Vabadussoja_Ajaloo_Komitee, lk 47
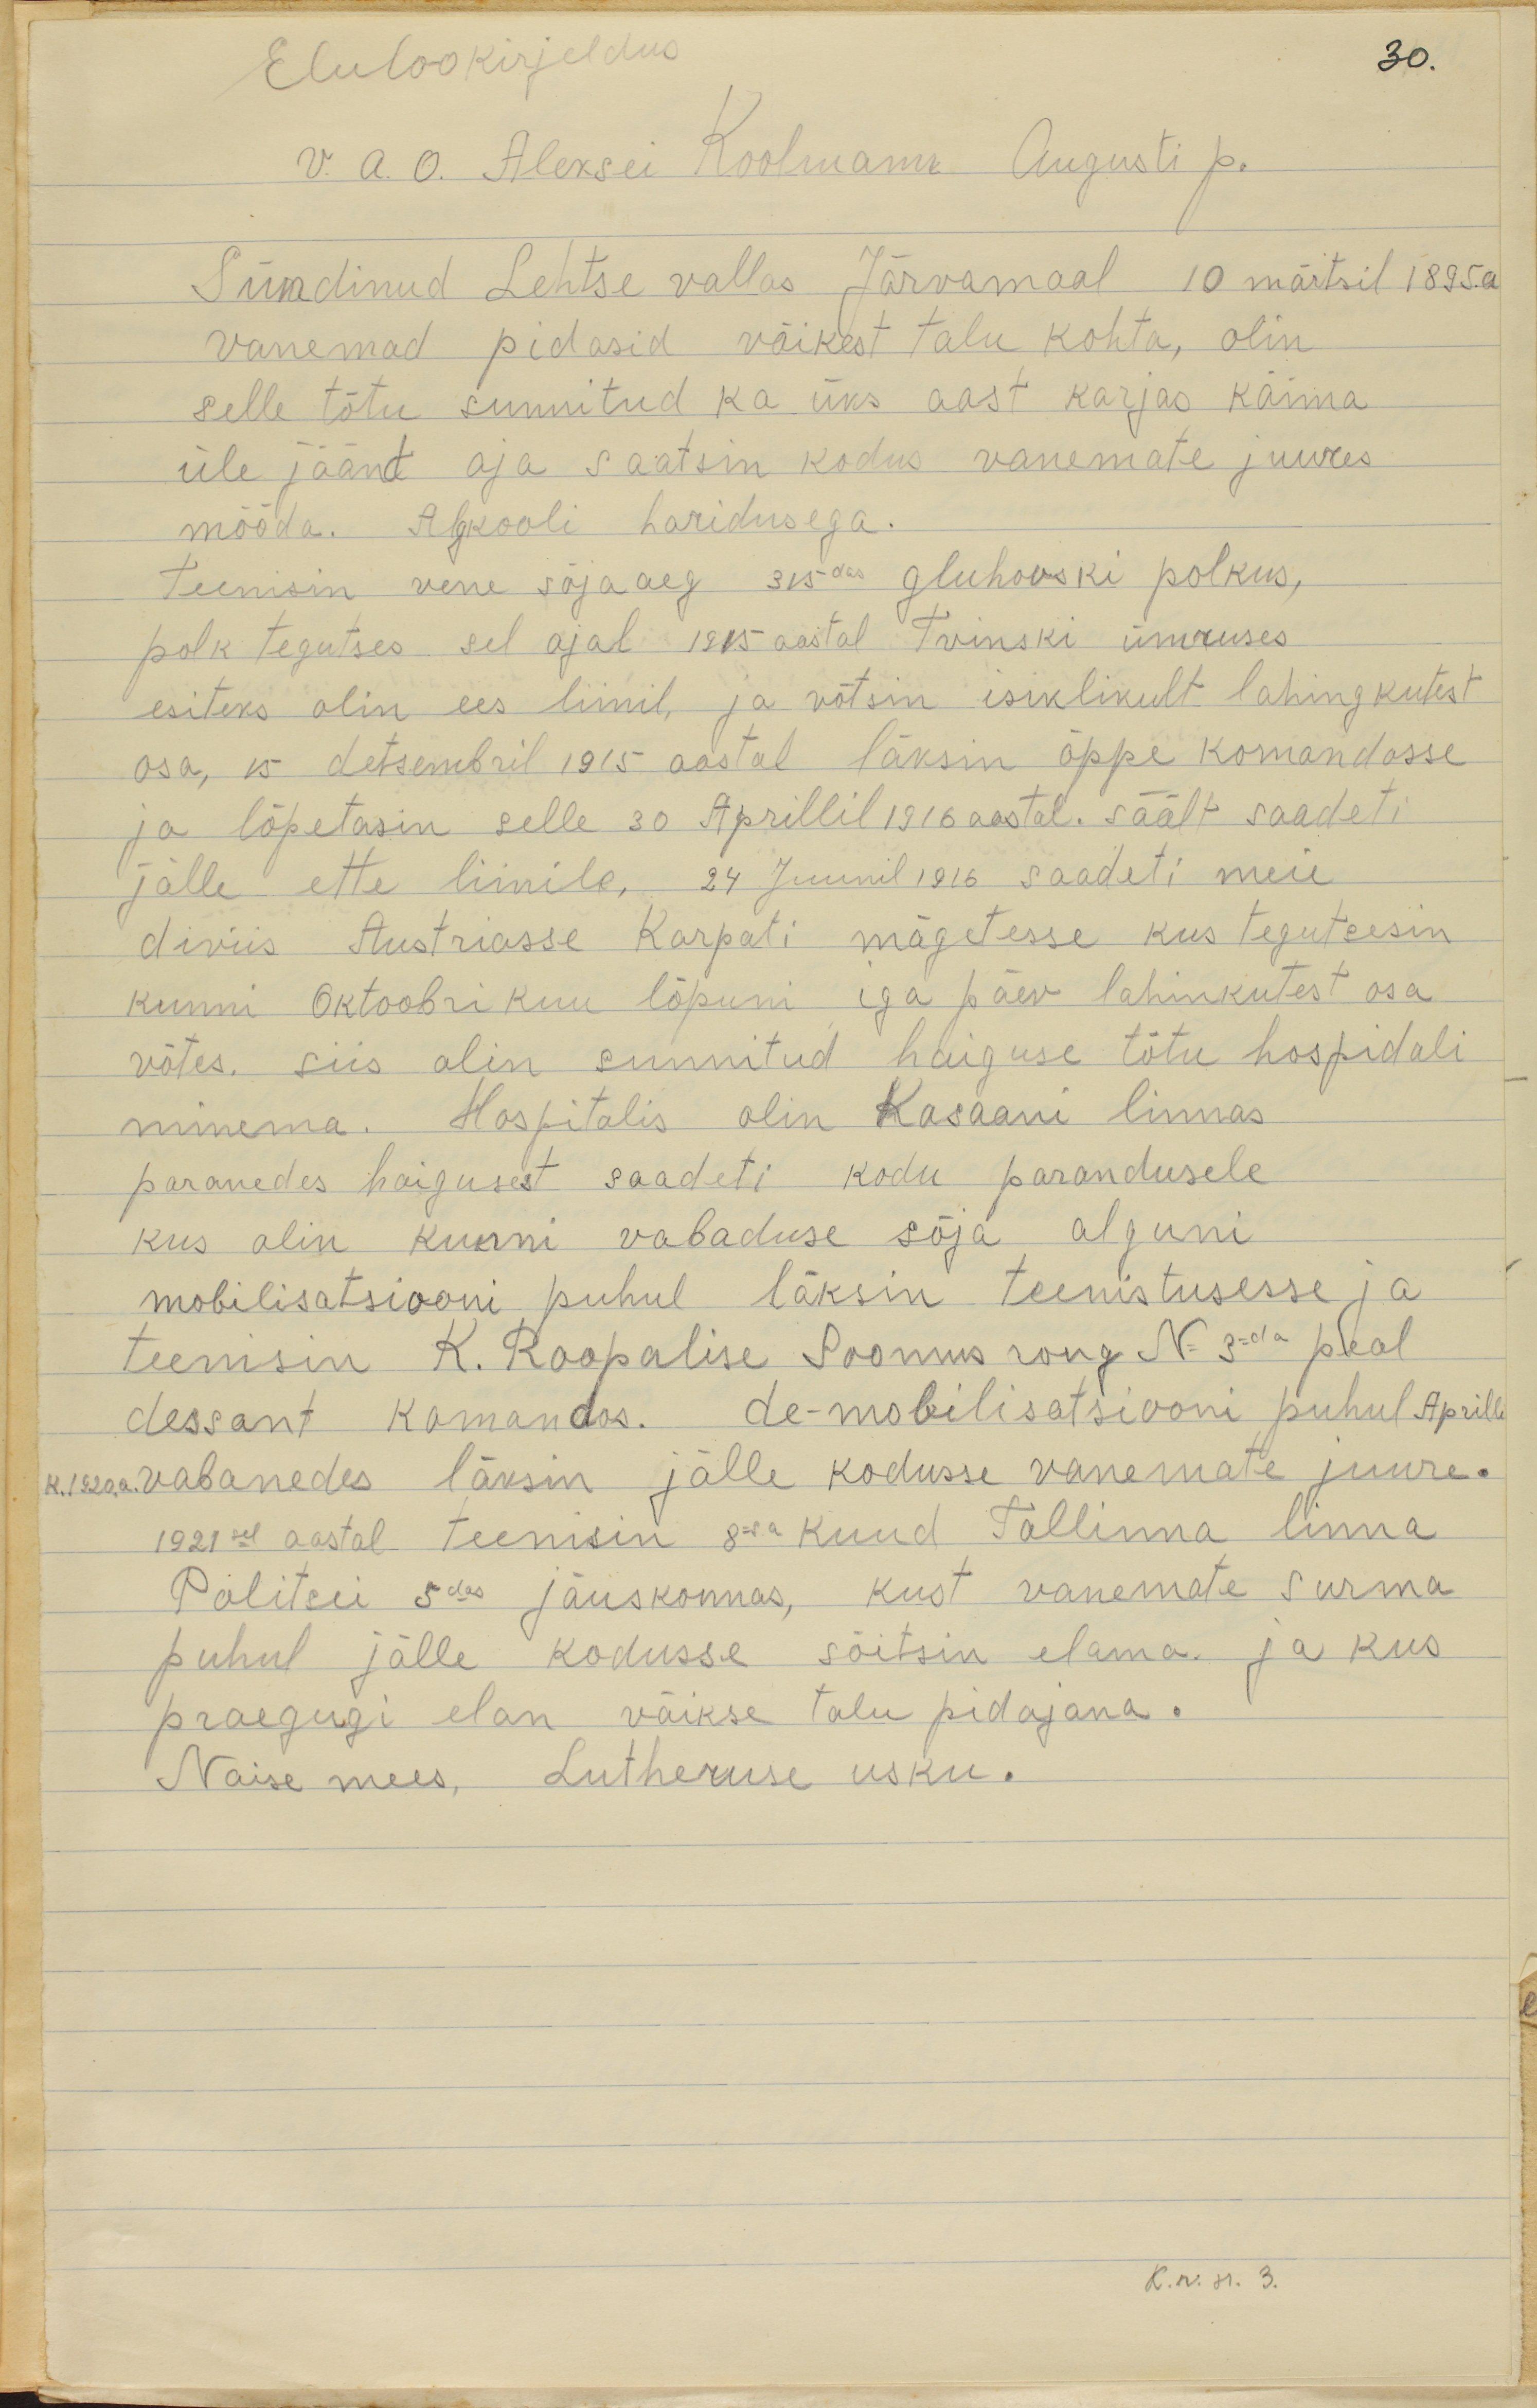
30.
Elulookirjeldus
v. a. o. Aleksei Koolmann Augusti p.
Sündinud Lehtse vallas Järvamaal 10 märtsil 1895.a
vanemad pidasid väikest talu kohta, olin
selle tõtu sunnitud ka üks aast karjas käima
üle jäänt aja saatsin kodus vanemate juures
mööda. Algkooli haridusega.
Teenisin vene sõja aeg 315-das Gluhovski polkus,
polk tegutses sel ajal 1915 Tvinski ümruses
esiteks olin ees liinil, ja võtsin isiklikult lahingkutest
osa, 15 detsembril 1915 aastal läksin õppe komandosse
ja lõpetasin selle 30 Aprillil 1916 aastal. säält saadeti
jälle ette liinile. 24 Juunil 1916 saadeti meie
diviis Austriasse Karpati mägetesse kus tegutsesin
kunni Oktoobri kuu lõpuni iga päev lahinkutest osa
võtes. siis olin sunnitud haiguse tõtu hospidali
minema. Hospitalis olin Kasaani linnas
paranedes haigusest saadeti kodu parandusele
kus olin kunni vabaduse sõja alguni
mobilistatsiooni puhul läksin teenistusesse ja
teenisin K. Roopalise Soomus rong N 3da peal
dessant komandos. de-mobilisatsiooni puhul Aprill
k. 1920a. vabanedes läksin jälle kodusse vanemate juure.
1921sel aastal teenisin 8a kuud Tallinna linna
Politsei 5das jäuskonnas, kust vanemate surma
puhul jälle kodusse sõitsin elama ja kus
praegugi elan väikese talu pidajana.
Naise mees. Lutheruse usku.